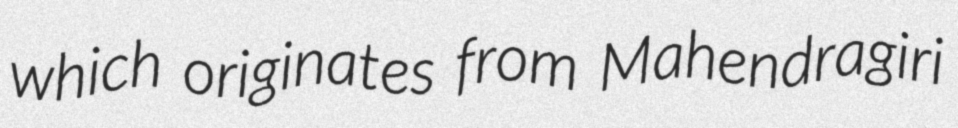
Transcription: which originates from Mahendragiri